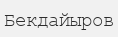
Бекдайыров